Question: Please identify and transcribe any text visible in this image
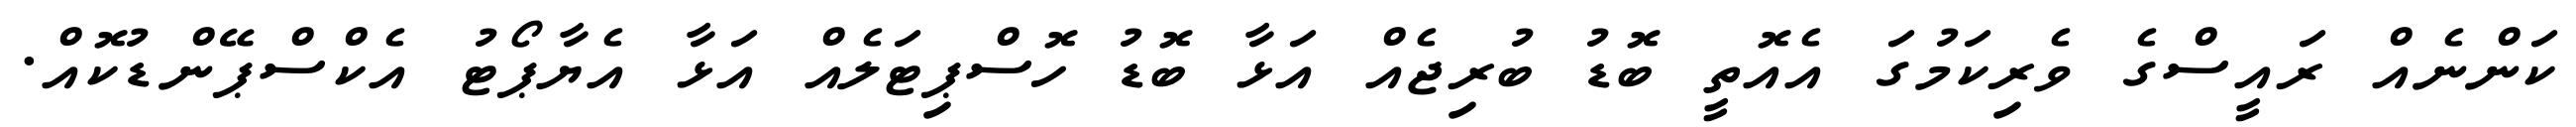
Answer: ކަންނެއް ރައީސްގެ ވެރިކަމުގަ އެއޮތީ ބޮޑު ބުރިޖެއް އަޅާ ބޮޑު ހޮސްޕިޓަލެއް އަޅާ އެޔާޕޯޓު އެކްސްޕޭންޑުކޮއް.